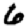
Digit: 6